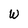
Character: W